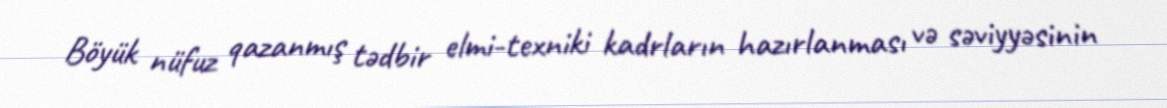
Böyük nüfuz qazanmış tədbir elmi-texniki kadrların hazırlanması və səviyyəsinin